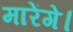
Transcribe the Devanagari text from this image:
मारेंगे।